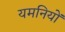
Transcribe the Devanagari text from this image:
यमनियों